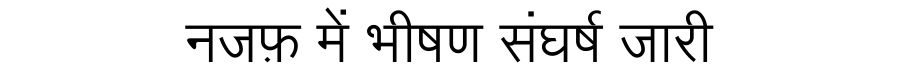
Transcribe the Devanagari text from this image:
नजफ़ में भीषण संघर्ष जारी